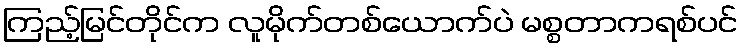
ကြည့်မြင်တိုင်က လူမိုက်တစ်ယောက်ပဲ မစ္စတာကရစ်ပင်